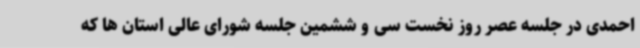
احمدی در جلسه عصر روز نخست سی و ششمین جلسه شورای عالی استان ها که